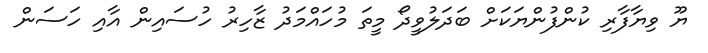
ޔޫ ވިޔާފާރި ކުންފުންޔަކަށް ބަދަލުވީދޯ މީތަ މުހައްމަދު ޒާހިރު ހުސައިން އާއި ހަސަން